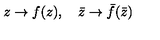
z \rightarrow f ( z ) , \quad \bar { z } \rightarrow \bar { f } ( \bar { z } )